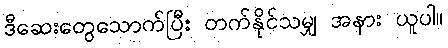
ဒီဆေးတွေသောက်ပြီး တက်နိုင်သမျှ အနား ယူပါ။